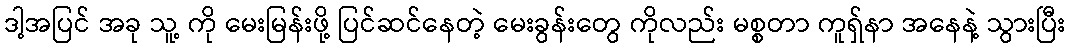
ဒါ့အပြင် အခု သူ့ ကို မေးမြန်းဖို့ ပြင်ဆင်နေတဲ့ မေးခွန်းတွေ ကိုလည်း မစ္စတာ ကူရှ်နာ အနေနဲ့ သွားပြီး